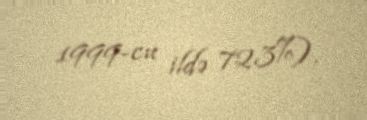
1999-cu ildə 72.3%).